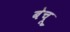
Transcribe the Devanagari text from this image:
बेचू